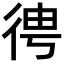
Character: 𢓳